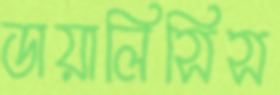
ডায়ালিসিস